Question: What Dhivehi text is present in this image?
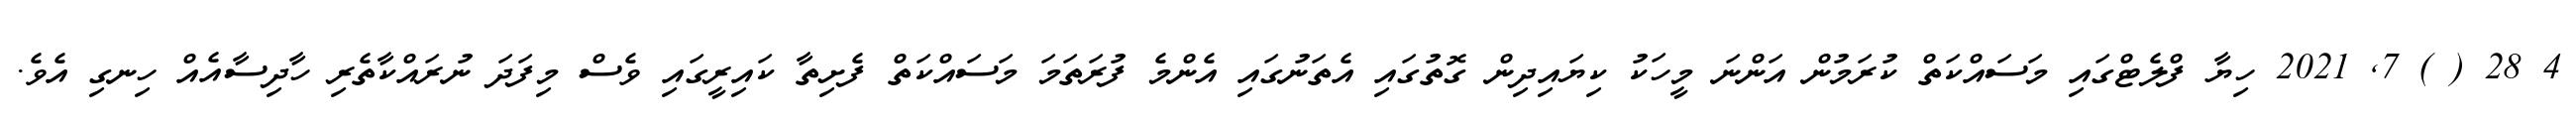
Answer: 4 28 ( ) 7, 2021 ހިޔާ ފްލެޓްގައި މަސައްކަތް ކުރަމުން އަންނަ މީހަކު ކިޔައިދިން ގޮތުގައި އެތަނުގައި އެންމެ ފުރަތަމަ މަސައްކަތް ފެށިތާ ކައިރީގައި ވެސް މިފަދަ ނުރައްކާތެރި ހާދިސާއެއް ހިނގި އެވެ.